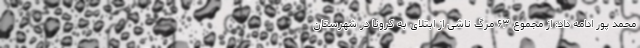
محمد پور ادامه داد: از مجموع ۶۳ مرگ ناشی از ابتلای به کرونا در شهرستان